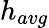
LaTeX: h_{avg}